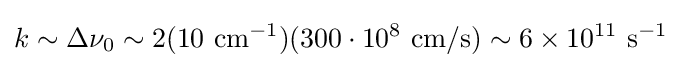
k\sim \Delta \nu _{0}\sim 2(10~{\text{cm}}^{-1})(300\cdot 10^{8}~{\text{cm/s}})\sim 6\times 10^{11}~{\text{s}}^{-1}